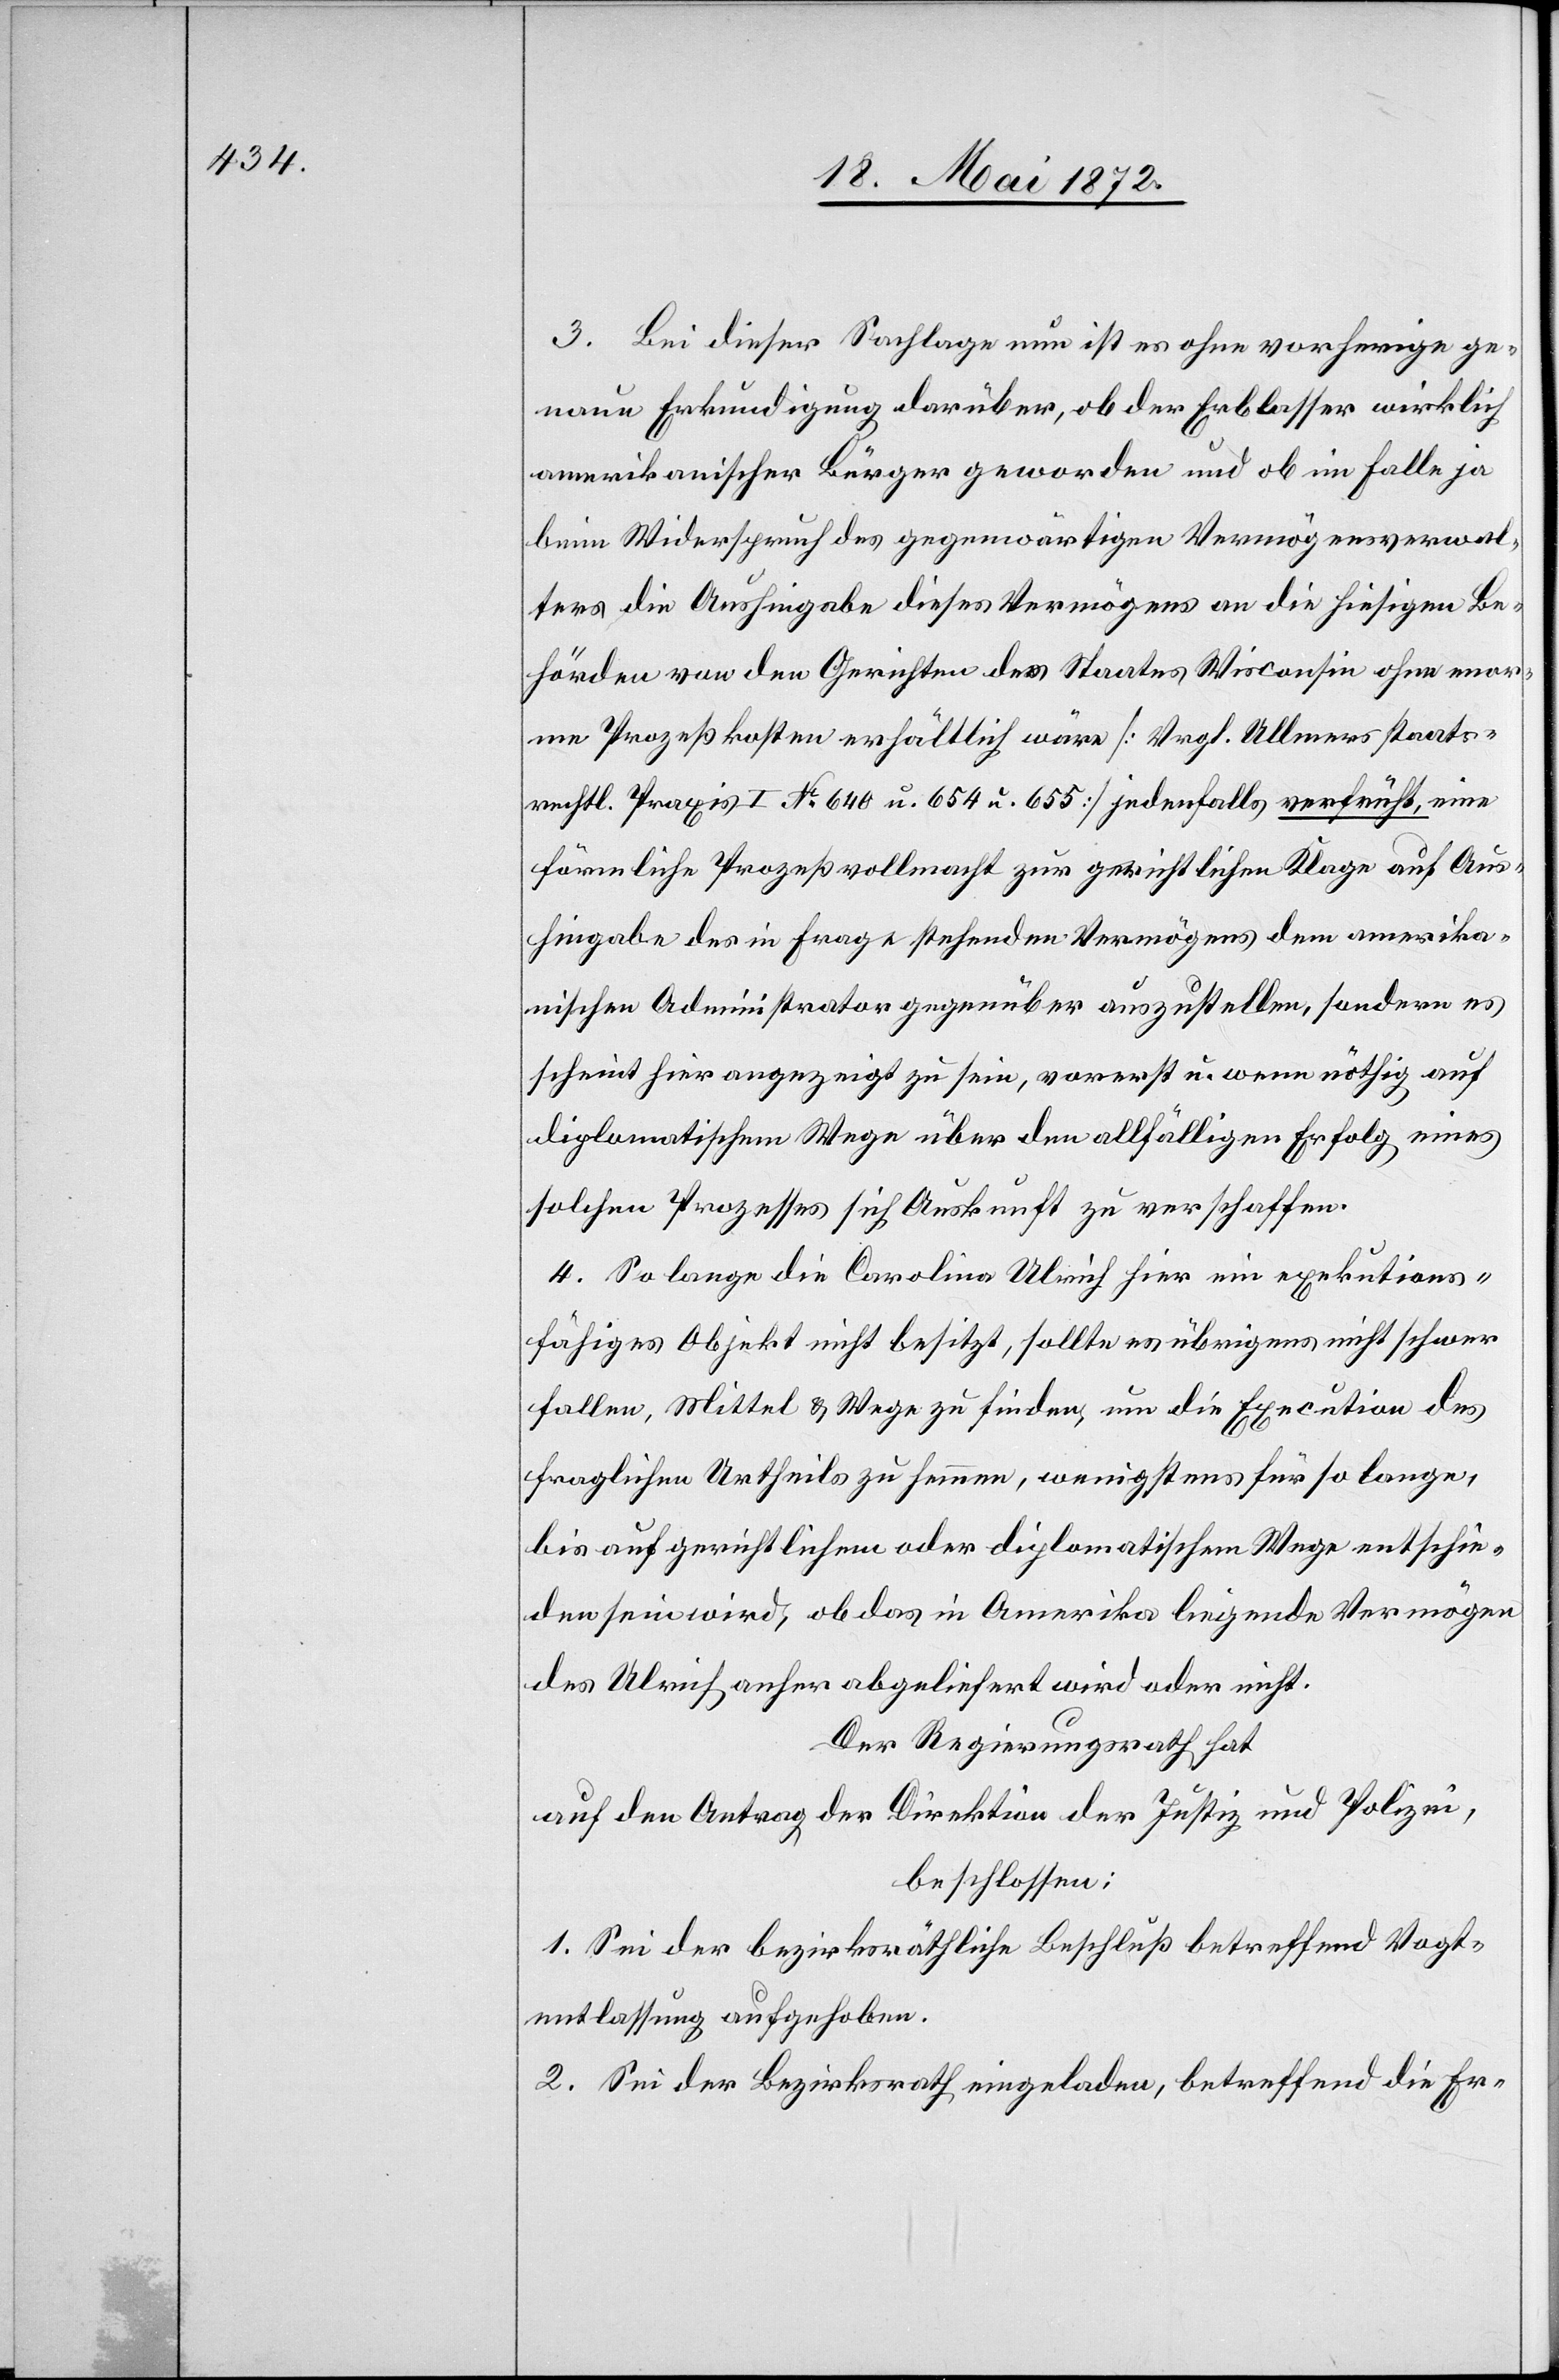
3. Bei dieser Sachlage nun ist es ohne vorherige ge¬
naue Erkundigung darüber, ob der Erblasser wirklich
amerikanischer Bürger geworden und ob im Falle ja
beim Widerspruch des gegenwärtigen Vermögensverwal¬
ters die Aushingabe dieses Vermögens an die hiesigen Be¬
hörden von den Gerichten des Staates Wisconsin ohne enor¬
me Prozeßkosten erhältlich wäre [Vrgl. Ullmers staats¬
rechtl. Praxis I No 640 u. 655] jedenfalls verfrüht, eine
förmliche Prozeßvollmacht zur gerichtlichen Klage auf Aus¬
hingabe des in Frage stehenden Vermögens dem amerika¬
nischen Administrator gegenüber auszustellen, sondern es
scheint hier angezeigt zu sein, vorerst u. wenn nöthig auf
diplomatischem Wege über den allfälligen Erfolg eines
solchen Prozesses sich Auskunft zu verschaffen.
4. So lange die Carolina Ulrich hier ein exekutions¬
fähiges Objekt nicht besitzt, sollte es übrigens nicht schwer
fallen, Mittel u. Wege zu finden, um die Execution des
fraglichen Urtheils zu hemmen, wenigstens für so lange,
bis auf gerichtlichem oder diplomatischem Wege entschie¬
den sein wird, ob das in Amerika liegende Vermögen
des Ulrich anher abgeliefert wird oder nicht.
Der Regierungsrath hat
auf den Antrag der Direktion der Justiz und Polizei,
beschlossen:
1. Sei der bezirksräthliche Beschluß betreffend Vogt¬
entlassung aufgehoben.
2. Sei der Bezirksrath eingeladen, betreffend die Er-